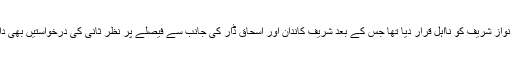
واضح رہے کہ 28 جولائی کو سپریم کورٹ نے نواز شریف کو نااہل قرار دیا تھا جس کے بعد شریف کاندان اور اسحاق ڈار کی جانب سے فیصلے پر نظر ثانی کی درخواستیں بھی دائر کی گئی تھیں جس عدالت نے مسترد کردیا تھا۔